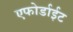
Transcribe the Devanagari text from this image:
एफोर्डाईट